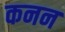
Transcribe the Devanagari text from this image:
कनन